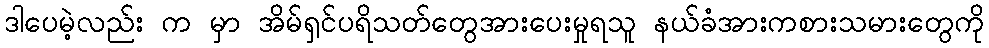
ဒါပေမဲ့လည်း က မှာ အိမ်ရှင်ပရိသတ်တွေအားပေးမှုရသူ နယ်ခံအားကစားသမားတွေကို